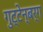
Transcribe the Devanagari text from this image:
गुट्टेन्बर्ग